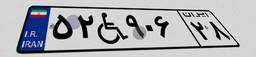
۵۲W۹۰۶۲۸